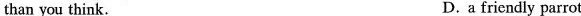
than you think. D. a friendly parrot